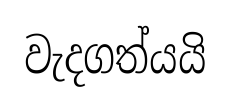
වැදගත්යයි